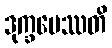
ဒုက္ခမေဿတိ